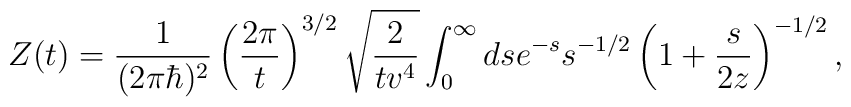
Z(t) = {1\over (2 \pi \hbar)^2} \left( {2 \pi \over t}\right)^{3/2}  \sqrt{{2 \over t v^4}}\int_0^\infty ds e^{-s} s^{-1/2}  \left( 1 + {s\over 2z} \right)^{- 1/2},